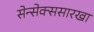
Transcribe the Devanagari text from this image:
सेन्सेक्ससारखा